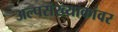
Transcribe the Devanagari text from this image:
अल्पसंख्याकांवर